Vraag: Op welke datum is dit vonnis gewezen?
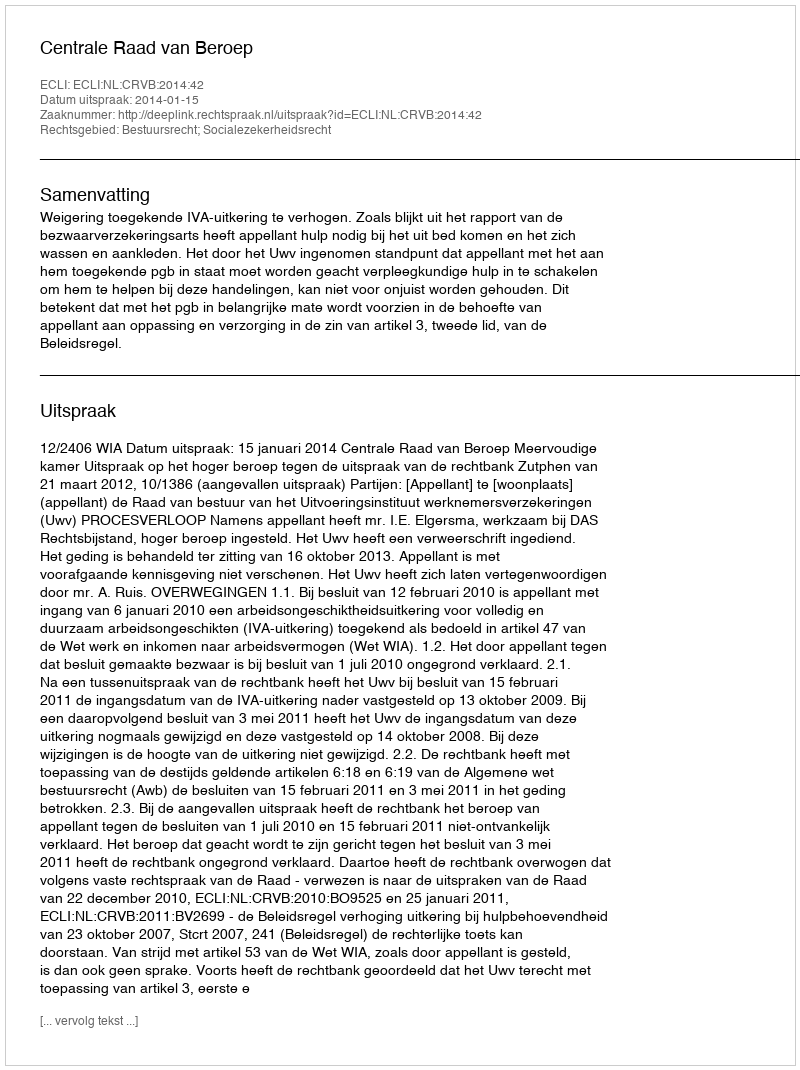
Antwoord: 2014-01-15